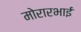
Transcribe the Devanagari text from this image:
मोरारभाई